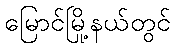
မြောင်မြို့နယ်တွင်